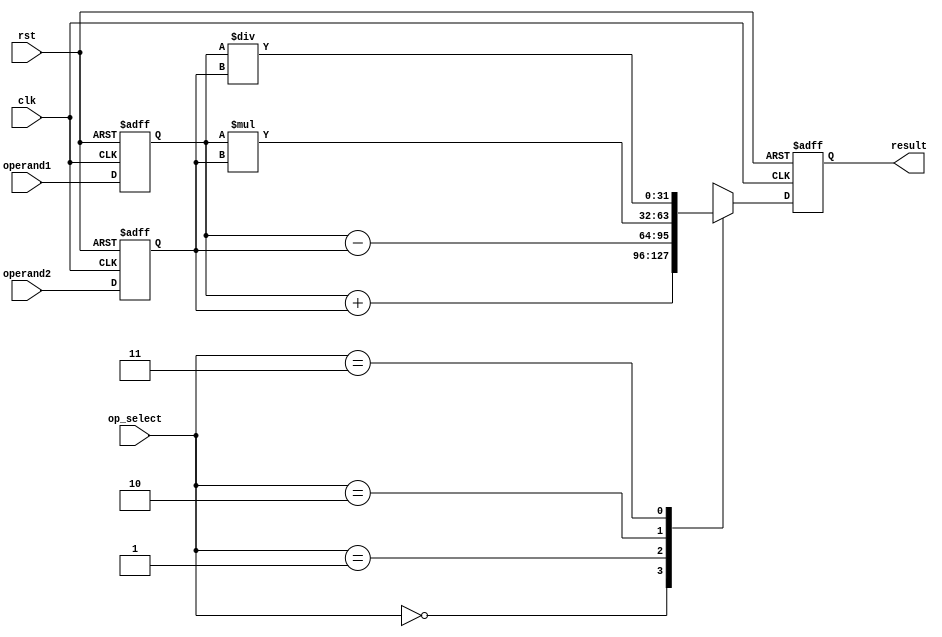
module Trigonometric_ALU (
    input wire clk,
    input wire rst,
    input wire [31:0] operand1,
    input wire [31:0] operand2,
    input wire [1:0] op_select,
    output reg [31:0] result
);

reg [31:0] input_reg1;
reg [31:0] input_reg2;
reg [31:0] output_reg;

always @(posedge clk or posedge rst) begin
    if (rst) begin
        input_reg1 <= 32'b0;
        input_reg2 <= 32'b0;
        output_reg <= 32'b0;
    end else begin
        input_reg1 <= operand1;
        input_reg2 <= operand2;
        
        case(op_select)
            2'b00: output_reg <= input_reg1 + input_reg2; // addition
            2'b01: output_reg <= input_reg1 - input_reg2; // subtraction
            2'b10: output_reg <= input_reg1 * input_reg2; // multiplication
            2'b11: output_reg <= input_reg1 / input_reg2; // division
        endcase
    end
end

assign result = output_reg;

endmodule